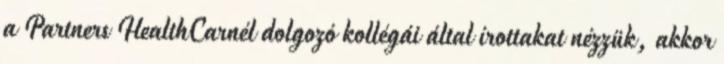
a Partners HealthCarnél dolgozó kollégái által írottakat nézzük, akkor